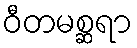
ဝီတမစ္ဆရာ